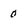
Character: 0